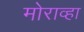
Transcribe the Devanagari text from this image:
मोराव्हा